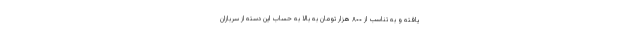
یافته و به تناسب از ۸۰۰ هزار تومان به بالا به حساب این دسته از سربازان